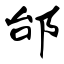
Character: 邰